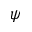
\psi